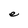
Character: e